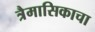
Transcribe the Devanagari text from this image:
त्रैमासिकाचा